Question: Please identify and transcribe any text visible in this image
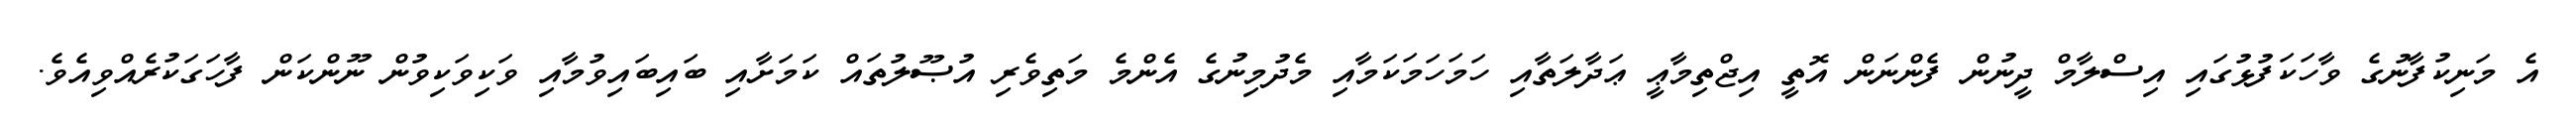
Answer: އެ މަނިކުފާނުގެ ވާހަކަފުޅުގައި އިސްލާމް ދީނުން ފެންނަން އޮތީ އިޖްތިމާޢީ ޢަދާލަތާއި ހަމަހަމަކަމާއި މެދުމިނުގެ އެންމެ މަތިވެރި އުޞޫލުތައް ކަމަށާއި ބައިބައިވުމާއި ވަކިވަކިވުން ނޫންކަން ފާހަގަކުރެއްވިއެވެ.